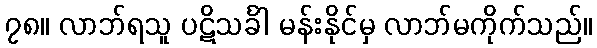
၇၈။ လာဘ်ရသူ ပဋိသင်္ခါ မန်းနိုင်မှ လာဘ်မကိုက်သည်။